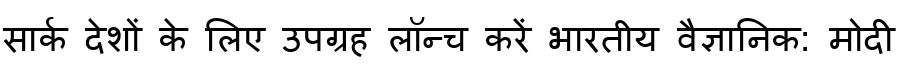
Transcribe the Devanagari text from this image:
सार्क देशों के लिए उपग्रह लॉन्च करें भारतीय वैज्ञानिक: मोदी